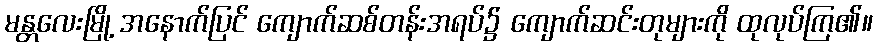
မန္တလေးမြို့ အနောက်ပြင် ကျောက်ဆစ်တန်းအရပ်၌ ကျောက်ဆင်းတုများကို ထုလုပ်ကြ၏။